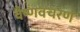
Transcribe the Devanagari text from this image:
वैष्णवचरण